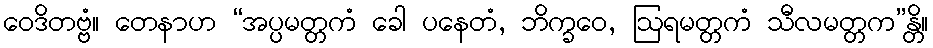
ဝေဒိတဗ္ဗံ။ တေနာဟ “အပ္ပမတ္တကံ ခေါ ပနေတံ, ဘိက္ခဝေ, ဩရမတ္တကံ သီလမတ္တက”န္တိ။